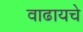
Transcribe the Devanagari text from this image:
वाढायचे